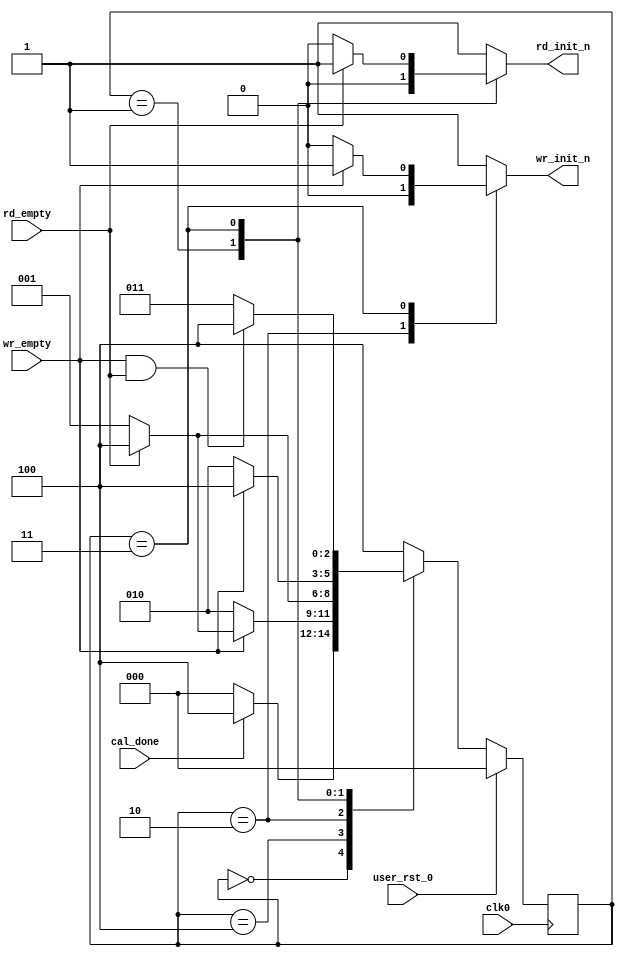
//*****************************************************************************
// DISCLAIMER OF LIABILITY
//
// This file contains proprietary and confidential information of
// Xilinx, Inc. ("Xilinx"), that is distributed under a license
// from Xilinx, and may be used, copied and/or disclosed only
// pursuant to the terms of a valid license agreement with Xilinx.
//
// XILINX IS PROVIDING THIS DESIGN, CODE, OR INFORMATION
// ("MATERIALS") "AS IS" WITHOUT WARRANTY OF ANY KIND, EITHER
// EXPRESSED, IMPLIED, OR STATUTORY, INCLUDING WITHOUT
// LIMITATION, ANY WARRANTY WITH RESPECT TO NONINFRINGEMENT,
// MERCHANTABILITY OR FITNESS FOR ANY PARTICULAR PURPOSE. Xilinx
// does not warrant that functions included in the Materials will
// meet the requirements of Licensee, or that the operation of the
// Materials will be uninterrupted or error-free, or that defects
// in the Materials will be corrected. Furthermore, Xilinx does
// not warrant or make any representations regarding use, or the
// results of the use, of the Materials in terms of correctness,
// accuracy, reliability or otherwise.
//
// Xilinx products are not designed or intended to be fail-safe,
// or for use in any application requiring fail-safe performance,
// such as life-support or safety devices or systems, Class III
// medical devices, nuclear facilities, applications related to
// the deployment of airbags, or any other applications that could
// lead to death, personal injury or severe property or
// environmental damage (individually and collectively, "critical
// applications"). Customer assumes the sole risk and liability
// of any use of Xilinx products in critical applications,
// subject only to applicable laws and regulations governing
// limitations on product liability.
//
// Copyright 2006, 2007, 2008 Xilinx, Inc.
// All rights reserved.
//
// This disclaimer and copyright notice must be retained as part
// of this file at all times.
//*****************************************************************************
//   ____  ____
//  /   /\/   /
// /___/  \  /    Vendor             : Xilinx
// \   \   \/     Version            : 3.6.1
//  \   \         Application        : MIG
//  /   /         Filename           : qdrii_top_ctrl_sm.v
// /___/   /\     Timestamp          : 15 May 2006
// \   \  /  \    Date Last Modified : $Date: 2010/11/26 18:26:07 $
//  \___\/\___\
//
//Device: Virtex-5
//Design: QDRII
//
//Purpose:
//    This module
//       1. Monitors Read / Write queue status from User Interface FIFOs and
//      generates strobe signals to launch Read / Write requests to
//      QDR II device.
//
//Revision History:
//
//*****************************************************************************

`timescale 1ns/1ps

module qdrii_top_ctrl_sm #
  (
   // Following parameters are for 72-bit design (for ML561 Reference board
   // design). Actual values may be different. Actual parameters values are
   // passed from design top module controller module. Please refer to the
   // controller module for actual values.
   parameter BURST_LENGTH = 4
   )
  (
   input      clk0,
   input      user_rst_0,
   input      wr_empty,
   input      rd_empty,
   input      cal_done,
   output reg wr_init_n,
   output reg rd_init_n
   );

   reg [2:0] Current_State;
   reg [2:0] Next_State;

   localparam [2:0]
                   INIT       = 3'b000,
                   READ       = 3'b001,
                   WRITE      = 3'b010,
                   WRITE_READ = 3'b011,
                   IDLE       = 3'b100;

   always @(posedge clk0)
     begin
        if (user_rst_0)
          Current_State <= INIT;
        else
          Current_State <= Next_State;
     end


     always @ (Current_State or wr_empty or rd_empty or cal_done)
     begin
        wr_init_n = 1;
        rd_init_n = 1;
          case (Current_State)

          INIT: begin
             wr_init_n = 1;
             rd_init_n = 1;
             if (cal_done)
               Next_State = IDLE;
             else
               Next_State = INIT;
          end

          IDLE:   begin
             wr_init_n = 1;
             rd_init_n = 1;
             if ((!wr_empty) & (BURST_LENGTH == 4))
               Next_State = WRITE;
             else if ((!rd_empty) & (BURST_LENGTH == 4))
               Next_State = READ;
             else if (((!wr_empty) | (!rd_empty)) & (BURST_LENGTH == 2))
               Next_State = WRITE_READ;
             else
               Next_State = IDLE;
          end

          WRITE:   begin
             wr_init_n = 0;  // Initiate a write cycle
             rd_init_n = 1;
             if (!rd_empty)
               Next_State = READ;
             else
               Next_State = IDLE;
          end

          READ:   begin
             rd_init_n  = 0;  // Initiate a read cycle
             wr_init_n  = 1;
             if (!wr_empty)
               Next_State = WRITE;
             else
               Next_State = IDLE;
          end

          // BL2 design Write-Read state. For BL2 Write and Read command can be
          // issued in the same clock(K-Clock).
          WRITE_READ : begin
            if(!wr_empty)
              wr_init_n = 0;
            if(!rd_empty)
              rd_init_n = 0;
            if(wr_empty & rd_empty)
              Next_State = IDLE;
            else
              Next_State = WRITE_READ;
          end

          default:   begin
             wr_init_n  = 1;
             rd_init_n  = 1;
             Next_State = IDLE;
          end
        endcase
     end

endmodule